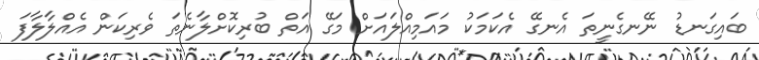
ބައިގަނޑު ނޭނގެނީތަ އެނގޭ އެކަމަކު މައަމިއްލައަށް މަގޭ އަތް ބުރިކޮށްލާނެތަ ވެރިކަން އެއްލާލާފަ